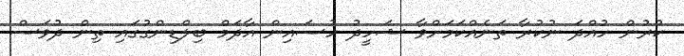
ކުރުން ހުއްދަ ނުކުރާ ތަނެއްކަމަށްވާ ޝަހީދު ހުސައިން އާދަމް ބިލްޑިންގުގައި ތިން ދުވަސް